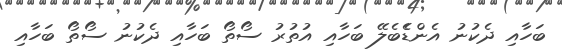
ބަހާއި ދެކުނު އެންޑެެބެލޭ ބަހާއި އުތުރު ސޯތޯ ބަހާއި ދެކުނު ސޯތޯ ބަހާއި